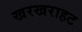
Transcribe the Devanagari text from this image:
खरखराहट